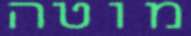
מוטה